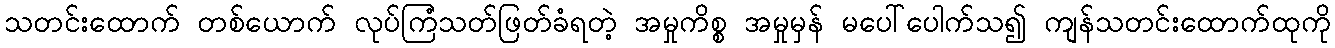
သတင်းထောက် တစ်ယောက် လုပ်ကြံသတ်ဖြတ်ခံရတဲ့ အမှုကိစ္စ အမှုမှန် မပေါ်ပေါက်သ၍ ကျန်သတင်းထောက်ထုကို